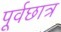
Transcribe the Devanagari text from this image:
पूर्वछात्र